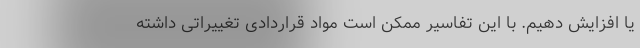
یا افزایش دهیم. با این تفاسیر ممکن است مواد قراردادی تغییراتی داشته